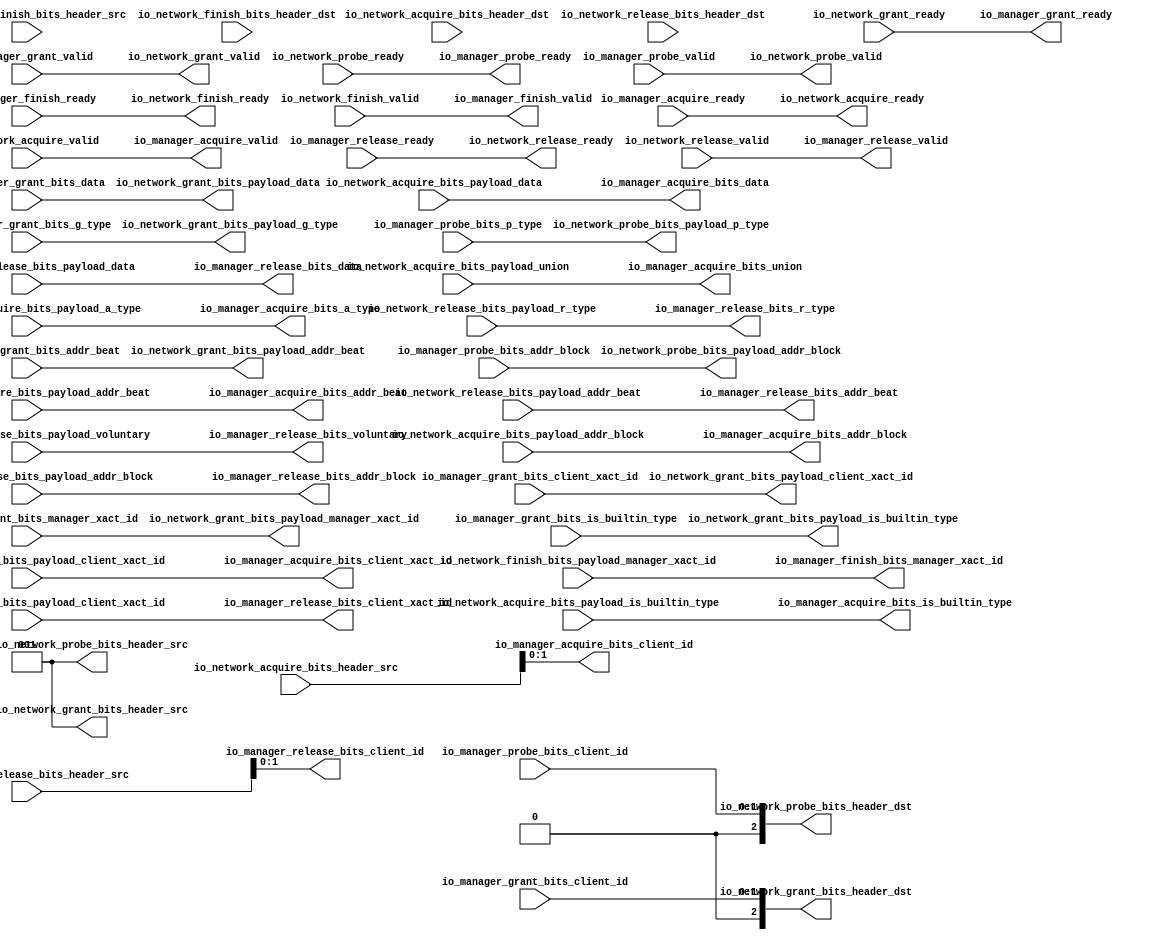
// This program was cloned from: https://github.com/NYU-MLDA/OpenABC
// License: BSD 3-Clause "New" or "Revised" License

module ManagerTileLinkNetworkPort_1
(
  io_manager_acquire_ready,
  io_manager_acquire_valid,
  io_manager_acquire_bits_addr_block,
  io_manager_acquire_bits_client_xact_id,
  io_manager_acquire_bits_addr_beat,
  io_manager_acquire_bits_is_builtin_type,
  io_manager_acquire_bits_a_type,
  io_manager_acquire_bits_union,
  io_manager_acquire_bits_data,
  io_manager_acquire_bits_client_id,
  io_manager_grant_ready,
  io_manager_grant_valid,
  io_manager_grant_bits_addr_beat,
  io_manager_grant_bits_client_xact_id,
  io_manager_grant_bits_manager_xact_id,
  io_manager_grant_bits_is_builtin_type,
  io_manager_grant_bits_g_type,
  io_manager_grant_bits_data,
  io_manager_grant_bits_client_id,
  io_manager_finish_ready,
  io_manager_finish_valid,
  io_manager_finish_bits_manager_xact_id,
  io_manager_probe_ready,
  io_manager_probe_valid,
  io_manager_probe_bits_addr_block,
  io_manager_probe_bits_p_type,
  io_manager_probe_bits_client_id,
  io_manager_release_ready,
  io_manager_release_valid,
  io_manager_release_bits_addr_beat,
  io_manager_release_bits_addr_block,
  io_manager_release_bits_client_xact_id,
  io_manager_release_bits_voluntary,
  io_manager_release_bits_r_type,
  io_manager_release_bits_data,
  io_manager_release_bits_client_id,
  io_network_acquire_ready,
  io_network_acquire_valid,
  io_network_acquire_bits_header_src,
  io_network_acquire_bits_header_dst,
  io_network_acquire_bits_payload_addr_block,
  io_network_acquire_bits_payload_client_xact_id,
  io_network_acquire_bits_payload_addr_beat,
  io_network_acquire_bits_payload_is_builtin_type,
  io_network_acquire_bits_payload_a_type,
  io_network_acquire_bits_payload_union,
  io_network_acquire_bits_payload_data,
  io_network_grant_ready,
  io_network_grant_valid,
  io_network_grant_bits_header_src,
  io_network_grant_bits_header_dst,
  io_network_grant_bits_payload_addr_beat,
  io_network_grant_bits_payload_client_xact_id,
  io_network_grant_bits_payload_manager_xact_id,
  io_network_grant_bits_payload_is_builtin_type,
  io_network_grant_bits_payload_g_type,
  io_network_grant_bits_payload_data,
  io_network_finish_ready,
  io_network_finish_valid,
  io_network_finish_bits_header_src,
  io_network_finish_bits_header_dst,
  io_network_finish_bits_payload_manager_xact_id,
  io_network_probe_ready,
  io_network_probe_valid,
  io_network_probe_bits_header_src,
  io_network_probe_bits_header_dst,
  io_network_probe_bits_payload_addr_block,
  io_network_probe_bits_payload_p_type,
  io_network_release_ready,
  io_network_release_valid,
  io_network_release_bits_header_src,
  io_network_release_bits_header_dst,
  io_network_release_bits_payload_addr_beat,
  io_network_release_bits_payload_addr_block,
  io_network_release_bits_payload_client_xact_id,
  io_network_release_bits_payload_voluntary,
  io_network_release_bits_payload_r_type,
  io_network_release_bits_payload_data
);

  output [25:0] io_manager_acquire_bits_addr_block;
  output [5:0] io_manager_acquire_bits_client_xact_id;
  output [1:0] io_manager_acquire_bits_addr_beat;
  output [2:0] io_manager_acquire_bits_a_type;
  output [16:0] io_manager_acquire_bits_union;
  output [127:0] io_manager_acquire_bits_data;
  output [1:0] io_manager_acquire_bits_client_id;
  input [1:0] io_manager_grant_bits_addr_beat;
  input [5:0] io_manager_grant_bits_client_xact_id;
  input [3:0] io_manager_grant_bits_manager_xact_id;
  input [3:0] io_manager_grant_bits_g_type;
  input [127:0] io_manager_grant_bits_data;
  input [1:0] io_manager_grant_bits_client_id;
  output [3:0] io_manager_finish_bits_manager_xact_id;
  input [25:0] io_manager_probe_bits_addr_block;
  input [1:0] io_manager_probe_bits_p_type;
  input [1:0] io_manager_probe_bits_client_id;
  output [1:0] io_manager_release_bits_addr_beat;
  output [25:0] io_manager_release_bits_addr_block;
  output [5:0] io_manager_release_bits_client_xact_id;
  output [2:0] io_manager_release_bits_r_type;
  output [127:0] io_manager_release_bits_data;
  output [1:0] io_manager_release_bits_client_id;
  input [2:0] io_network_acquire_bits_header_src;
  input [2:0] io_network_acquire_bits_header_dst;
  input [25:0] io_network_acquire_bits_payload_addr_block;
  input [5:0] io_network_acquire_bits_payload_client_xact_id;
  input [1:0] io_network_acquire_bits_payload_addr_beat;
  input [2:0] io_network_acquire_bits_payload_a_type;
  input [16:0] io_network_acquire_bits_payload_union;
  input [127:0] io_network_acquire_bits_payload_data;
  output [2:0] io_network_grant_bits_header_src;
  output [2:0] io_network_grant_bits_header_dst;
  output [1:0] io_network_grant_bits_payload_addr_beat;
  output [5:0] io_network_grant_bits_payload_client_xact_id;
  output [3:0] io_network_grant_bits_payload_manager_xact_id;
  output [3:0] io_network_grant_bits_payload_g_type;
  output [127:0] io_network_grant_bits_payload_data;
  input [2:0] io_network_finish_bits_header_src;
  input [2:0] io_network_finish_bits_header_dst;
  input [3:0] io_network_finish_bits_payload_manager_xact_id;
  output [2:0] io_network_probe_bits_header_src;
  output [2:0] io_network_probe_bits_header_dst;
  output [25:0] io_network_probe_bits_payload_addr_block;
  output [1:0] io_network_probe_bits_payload_p_type;
  input [2:0] io_network_release_bits_header_src;
  input [2:0] io_network_release_bits_header_dst;
  input [1:0] io_network_release_bits_payload_addr_beat;
  input [25:0] io_network_release_bits_payload_addr_block;
  input [5:0] io_network_release_bits_payload_client_xact_id;
  input [2:0] io_network_release_bits_payload_r_type;
  input [127:0] io_network_release_bits_payload_data;
  input io_manager_acquire_ready;
  input io_manager_grant_valid;
  input io_manager_grant_bits_is_builtin_type;
  input io_manager_finish_ready;
  input io_manager_probe_valid;
  input io_manager_release_ready;
  input io_network_acquire_valid;
  input io_network_acquire_bits_payload_is_builtin_type;
  input io_network_grant_ready;
  input io_network_finish_valid;
  input io_network_probe_ready;
  input io_network_release_valid;
  input io_network_release_bits_payload_voluntary;
  output io_manager_acquire_valid;
  output io_manager_acquire_bits_is_builtin_type;
  output io_manager_grant_ready;
  output io_manager_finish_valid;
  output io_manager_probe_ready;
  output io_manager_release_valid;
  output io_manager_release_bits_voluntary;
  output io_network_acquire_ready;
  output io_network_grant_valid;
  output io_network_grant_bits_payload_is_builtin_type;
  output io_network_finish_ready;
  output io_network_probe_valid;
  output io_network_release_ready;
  wire [25:0] io_manager_acquire_bits_addr_block,io_manager_release_bits_addr_block,
  io_network_probe_bits_payload_addr_block;
  wire [5:0] io_manager_acquire_bits_client_xact_id,io_manager_release_bits_client_xact_id,
  io_network_grant_bits_payload_client_xact_id;
  wire [1:0] io_manager_acquire_bits_addr_beat,io_manager_acquire_bits_client_id,
  io_manager_release_bits_addr_beat,io_manager_release_bits_client_id,
  io_network_grant_bits_payload_addr_beat,io_network_probe_bits_payload_p_type;
  wire [2:0] io_manager_acquire_bits_a_type,io_manager_release_bits_r_type,
  io_network_grant_bits_header_src,io_network_grant_bits_header_dst,
  io_network_probe_bits_header_src,io_network_probe_bits_header_dst;
  wire [16:0] io_manager_acquire_bits_union;
  wire [127:0] io_manager_acquire_bits_data,io_manager_release_bits_data,
  io_network_grant_bits_payload_data;
  wire [3:0] io_manager_finish_bits_manager_xact_id,
  io_network_grant_bits_payload_manager_xact_id,io_network_grant_bits_payload_g_type;
  wire io_manager_acquire_valid,io_manager_acquire_bits_is_builtin_type,
  io_manager_grant_ready,io_manager_finish_valid,io_manager_probe_ready,io_manager_release_valid,
  io_manager_release_bits_voluntary,io_network_acquire_ready,
  io_network_grant_valid,io_network_grant_bits_payload_is_builtin_type,io_network_finish_ready,
  io_network_probe_valid,io_network_release_ready,io_network_acquire_valid,
  io_network_acquire_bits_payload_is_builtin_type,io_network_grant_ready,io_network_finish_valid,
  io_network_probe_ready,io_network_release_valid,
  io_network_release_bits_payload_voluntary,io_manager_acquire_ready,io_manager_grant_valid,
  io_manager_grant_bits_is_builtin_type,io_manager_finish_ready,io_manager_probe_valid,
  io_manager_release_ready;
  assign io_network_grant_bits_header_src[0] = 1'b1;
  assign io_network_probe_bits_header_src[0] = 1'b1;
  assign io_network_grant_bits_header_src[1] = 1'b0;
  assign io_network_grant_bits_header_src[2] = 1'b0;
  assign io_network_grant_bits_header_dst[2] = 1'b0;
  assign io_network_probe_bits_header_src[1] = 1'b0;
  assign io_network_probe_bits_header_src[2] = 1'b0;
  assign io_network_probe_bits_header_dst[2] = 1'b0;
  assign io_manager_acquire_valid = io_network_acquire_valid;
  assign io_manager_acquire_bits_addr_block[25] = io_network_acquire_bits_payload_addr_block[25];
  assign io_manager_acquire_bits_addr_block[24] = io_network_acquire_bits_payload_addr_block[24];
  assign io_manager_acquire_bits_addr_block[23] = io_network_acquire_bits_payload_addr_block[23];
  assign io_manager_acquire_bits_addr_block[22] = io_network_acquire_bits_payload_addr_block[22];
  assign io_manager_acquire_bits_addr_block[21] = io_network_acquire_bits_payload_addr_block[21];
  assign io_manager_acquire_bits_addr_block[20] = io_network_acquire_bits_payload_addr_block[20];
  assign io_manager_acquire_bits_addr_block[19] = io_network_acquire_bits_payload_addr_block[19];
  assign io_manager_acquire_bits_addr_block[18] = io_network_acquire_bits_payload_addr_block[18];
  assign io_manager_acquire_bits_addr_block[17] = io_network_acquire_bits_payload_addr_block[17];
  assign io_manager_acquire_bits_addr_block[16] = io_network_acquire_bits_payload_addr_block[16];
  assign io_manager_acquire_bits_addr_block[15] = io_network_acquire_bits_payload_addr_block[15];
  assign io_manager_acquire_bits_addr_block[14] = io_network_acquire_bits_payload_addr_block[14];
  assign io_manager_acquire_bits_addr_block[13] = io_network_acquire_bits_payload_addr_block[13];
  assign io_manager_acquire_bits_addr_block[12] = io_network_acquire_bits_payload_addr_block[12];
  assign io_manager_acquire_bits_addr_block[11] = io_network_acquire_bits_payload_addr_block[11];
  assign io_manager_acquire_bits_addr_block[10] = io_network_acquire_bits_payload_addr_block[10];
  assign io_manager_acquire_bits_addr_block[9] = io_network_acquire_bits_payload_addr_block[9];
  assign io_manager_acquire_bits_addr_block[8] = io_network_acquire_bits_payload_addr_block[8];
  assign io_manager_acquire_bits_addr_block[7] = io_network_acquire_bits_payload_addr_block[7];
  assign io_manager_acquire_bits_addr_block[6] = io_network_acquire_bits_payload_addr_block[6];
  assign io_manager_acquire_bits_addr_block[5] = io_network_acquire_bits_payload_addr_block[5];
  assign io_manager_acquire_bits_addr_block[4] = io_network_acquire_bits_payload_addr_block[4];
  assign io_manager_acquire_bits_addr_block[3] = io_network_acquire_bits_payload_addr_block[3];
  assign io_manager_acquire_bits_addr_block[2] = io_network_acquire_bits_payload_addr_block[2];
  assign io_manager_acquire_bits_addr_block[1] = io_network_acquire_bits_payload_addr_block[1];
  assign io_manager_acquire_bits_addr_block[0] = io_network_acquire_bits_payload_addr_block[0];
  assign io_manager_acquire_bits_client_xact_id[5] = io_network_acquire_bits_payload_client_xact_id[5];
  assign io_manager_acquire_bits_client_xact_id[4] = io_network_acquire_bits_payload_client_xact_id[4];
  assign io_manager_acquire_bits_client_xact_id[3] = io_network_acquire_bits_payload_client_xact_id[3];
  assign io_manager_acquire_bits_client_xact_id[2] = io_network_acquire_bits_payload_client_xact_id[2];
  assign io_manager_acquire_bits_client_xact_id[1] = io_network_acquire_bits_payload_client_xact_id[1];
  assign io_manager_acquire_bits_client_xact_id[0] = io_network_acquire_bits_payload_client_xact_id[0];
  assign io_manager_acquire_bits_addr_beat[1] = io_network_acquire_bits_payload_addr_beat[1];
  assign io_manager_acquire_bits_addr_beat[0] = io_network_acquire_bits_payload_addr_beat[0];
  assign io_manager_acquire_bits_is_builtin_type = io_network_acquire_bits_payload_is_builtin_type;
  assign io_manager_acquire_bits_a_type[2] = io_network_acquire_bits_payload_a_type[2];
  assign io_manager_acquire_bits_a_type[1] = io_network_acquire_bits_payload_a_type[1];
  assign io_manager_acquire_bits_a_type[0] = io_network_acquire_bits_payload_a_type[0];
  assign io_manager_acquire_bits_union[16] = io_network_acquire_bits_payload_union[16];
  assign io_manager_acquire_bits_union[15] = io_network_acquire_bits_payload_union[15];
  assign io_manager_acquire_bits_union[14] = io_network_acquire_bits_payload_union[14];
  assign io_manager_acquire_bits_union[13] = io_network_acquire_bits_payload_union[13];
  assign io_manager_acquire_bits_union[12] = io_network_acquire_bits_payload_union[12];
  assign io_manager_acquire_bits_union[11] = io_network_acquire_bits_payload_union[11];
  assign io_manager_acquire_bits_union[10] = io_network_acquire_bits_payload_union[10];
  assign io_manager_acquire_bits_union[9] = io_network_acquire_bits_payload_union[9];
  assign io_manager_acquire_bits_union[8] = io_network_acquire_bits_payload_union[8];
  assign io_manager_acquire_bits_union[7] = io_network_acquire_bits_payload_union[7];
  assign io_manager_acquire_bits_union[6] = io_network_acquire_bits_payload_union[6];
  assign io_manager_acquire_bits_union[5] = io_network_acquire_bits_payload_union[5];
  assign io_manager_acquire_bits_union[4] = io_network_acquire_bits_payload_union[4];
  assign io_manager_acquire_bits_union[3] = io_network_acquire_bits_payload_union[3];
  assign io_manager_acquire_bits_union[2] = io_network_acquire_bits_payload_union[2];
  assign io_manager_acquire_bits_union[1] = io_network_acquire_bits_payload_union[1];
  assign io_manager_acquire_bits_union[0] = io_network_acquire_bits_payload_union[0];
  assign io_manager_acquire_bits_data[127] = io_network_acquire_bits_payload_data[127];
  assign io_manager_acquire_bits_data[126] = io_network_acquire_bits_payload_data[126];
  assign io_manager_acquire_bits_data[125] = io_network_acquire_bits_payload_data[125];
  assign io_manager_acquire_bits_data[124] = io_network_acquire_bits_payload_data[124];
  assign io_manager_acquire_bits_data[123] = io_network_acquire_bits_payload_data[123];
  assign io_manager_acquire_bits_data[122] = io_network_acquire_bits_payload_data[122];
  assign io_manager_acquire_bits_data[121] = io_network_acquire_bits_payload_data[121];
  assign io_manager_acquire_bits_data[120] = io_network_acquire_bits_payload_data[120];
  assign io_manager_acquire_bits_data[119] = io_network_acquire_bits_payload_data[119];
  assign io_manager_acquire_bits_data[118] = io_network_acquire_bits_payload_data[118];
  assign io_manager_acquire_bits_data[117] = io_network_acquire_bits_payload_data[117];
  assign io_manager_acquire_bits_data[116] = io_network_acquire_bits_payload_data[116];
  assign io_manager_acquire_bits_data[115] = io_network_acquire_bits_payload_data[115];
  assign io_manager_acquire_bits_data[114] = io_network_acquire_bits_payload_data[114];
  assign io_manager_acquire_bits_data[113] = io_network_acquire_bits_payload_data[113];
  assign io_manager_acquire_bits_data[112] = io_network_acquire_bits_payload_data[112];
  assign io_manager_acquire_bits_data[111] = io_network_acquire_bits_payload_data[111];
  assign io_manager_acquire_bits_data[110] = io_network_acquire_bits_payload_data[110];
  assign io_manager_acquire_bits_data[109] = io_network_acquire_bits_payload_data[109];
  assign io_manager_acquire_bits_data[108] = io_network_acquire_bits_payload_data[108];
  assign io_manager_acquire_bits_data[107] = io_network_acquire_bits_payload_data[107];
  assign io_manager_acquire_bits_data[106] = io_network_acquire_bits_payload_data[106];
  assign io_manager_acquire_bits_data[105] = io_network_acquire_bits_payload_data[105];
  assign io_manager_acquire_bits_data[104] = io_network_acquire_bits_payload_data[104];
  assign io_manager_acquire_bits_data[103] = io_network_acquire_bits_payload_data[103];
  assign io_manager_acquire_bits_data[102] = io_network_acquire_bits_payload_data[102];
  assign io_manager_acquire_bits_data[101] = io_network_acquire_bits_payload_data[101];
  assign io_manager_acquire_bits_data[100] = io_network_acquire_bits_payload_data[100];
  assign io_manager_acquire_bits_data[99] = io_network_acquire_bits_payload_data[99];
  assign io_manager_acquire_bits_data[98] = io_network_acquire_bits_payload_data[98];
  assign io_manager_acquire_bits_data[97] = io_network_acquire_bits_payload_data[97];
  assign io_manager_acquire_bits_data[96] = io_network_acquire_bits_payload_data[96];
  assign io_manager_acquire_bits_data[95] = io_network_acquire_bits_payload_data[95];
  assign io_manager_acquire_bits_data[94] = io_network_acquire_bits_payload_data[94];
  assign io_manager_acquire_bits_data[93] = io_network_acquire_bits_payload_data[93];
  assign io_manager_acquire_bits_data[92] = io_network_acquire_bits_payload_data[92];
  assign io_manager_acquire_bits_data[91] = io_network_acquire_bits_payload_data[91];
  assign io_manager_acquire_bits_data[90] = io_network_acquire_bits_payload_data[90];
  assign io_manager_acquire_bits_data[89] = io_network_acquire_bits_payload_data[89];
  assign io_manager_acquire_bits_data[88] = io_network_acquire_bits_payload_data[88];
  assign io_manager_acquire_bits_data[87] = io_network_acquire_bits_payload_data[87];
  assign io_manager_acquire_bits_data[86] = io_network_acquire_bits_payload_data[86];
  assign io_manager_acquire_bits_data[85] = io_network_acquire_bits_payload_data[85];
  assign io_manager_acquire_bits_data[84] = io_network_acquire_bits_payload_data[84];
  assign io_manager_acquire_bits_data[83] = io_network_acquire_bits_payload_data[83];
  assign io_manager_acquire_bits_data[82] = io_network_acquire_bits_payload_data[82];
  assign io_manager_acquire_bits_data[81] = io_network_acquire_bits_payload_data[81];
  assign io_manager_acquire_bits_data[80] = io_network_acquire_bits_payload_data[80];
  assign io_manager_acquire_bits_data[79] = io_network_acquire_bits_payload_data[79];
  assign io_manager_acquire_bits_data[78] = io_network_acquire_bits_payload_data[78];
  assign io_manager_acquire_bits_data[77] = io_network_acquire_bits_payload_data[77];
  assign io_manager_acquire_bits_data[76] = io_network_acquire_bits_payload_data[76];
  assign io_manager_acquire_bits_data[75] = io_network_acquire_bits_payload_data[75];
  assign io_manager_acquire_bits_data[74] = io_network_acquire_bits_payload_data[74];
  assign io_manager_acquire_bits_data[73] = io_network_acquire_bits_payload_data[73];
  assign io_manager_acquire_bits_data[72] = io_network_acquire_bits_payload_data[72];
  assign io_manager_acquire_bits_data[71] = io_network_acquire_bits_payload_data[71];
  assign io_manager_acquire_bits_data[70] = io_network_acquire_bits_payload_data[70];
  assign io_manager_acquire_bits_data[69] = io_network_acquire_bits_payload_data[69];
  assign io_manager_acquire_bits_data[68] = io_network_acquire_bits_payload_data[68];
  assign io_manager_acquire_bits_data[67] = io_network_acquire_bits_payload_data[67];
  assign io_manager_acquire_bits_data[66] = io_network_acquire_bits_payload_data[66];
  assign io_manager_acquire_bits_data[65] = io_network_acquire_bits_payload_data[65];
  assign io_manager_acquire_bits_data[64] = io_network_acquire_bits_payload_data[64];
  assign io_manager_acquire_bits_data[63] = io_network_acquire_bits_payload_data[63];
  assign io_manager_acquire_bits_data[62] = io_network_acquire_bits_payload_data[62];
  assign io_manager_acquire_bits_data[61] = io_network_acquire_bits_payload_data[61];
  assign io_manager_acquire_bits_data[60] = io_network_acquire_bits_payload_data[60];
  assign io_manager_acquire_bits_data[59] = io_network_acquire_bits_payload_data[59];
  assign io_manager_acquire_bits_data[58] = io_network_acquire_bits_payload_data[58];
  assign io_manager_acquire_bits_data[57] = io_network_acquire_bits_payload_data[57];
  assign io_manager_acquire_bits_data[56] = io_network_acquire_bits_payload_data[56];
  assign io_manager_acquire_bits_data[55] = io_network_acquire_bits_payload_data[55];
  assign io_manager_acquire_bits_data[54] = io_network_acquire_bits_payload_data[54];
  assign io_manager_acquire_bits_data[53] = io_network_acquire_bits_payload_data[53];
  assign io_manager_acquire_bits_data[52] = io_network_acquire_bits_payload_data[52];
  assign io_manager_acquire_bits_data[51] = io_network_acquire_bits_payload_data[51];
  assign io_manager_acquire_bits_data[50] = io_network_acquire_bits_payload_data[50];
  assign io_manager_acquire_bits_data[49] = io_network_acquire_bits_payload_data[49];
  assign io_manager_acquire_bits_data[48] = io_network_acquire_bits_payload_data[48];
  assign io_manager_acquire_bits_data[47] = io_network_acquire_bits_payload_data[47];
  assign io_manager_acquire_bits_data[46] = io_network_acquire_bits_payload_data[46];
  assign io_manager_acquire_bits_data[45] = io_network_acquire_bits_payload_data[45];
  assign io_manager_acquire_bits_data[44] = io_network_acquire_bits_payload_data[44];
  assign io_manager_acquire_bits_data[43] = io_network_acquire_bits_payload_data[43];
  assign io_manager_acquire_bits_data[42] = io_network_acquire_bits_payload_data[42];
  assign io_manager_acquire_bits_data[41] = io_network_acquire_bits_payload_data[41];
  assign io_manager_acquire_bits_data[40] = io_network_acquire_bits_payload_data[40];
  assign io_manager_acquire_bits_data[39] = io_network_acquire_bits_payload_data[39];
  assign io_manager_acquire_bits_data[38] = io_network_acquire_bits_payload_data[38];
  assign io_manager_acquire_bits_data[37] = io_network_acquire_bits_payload_data[37];
  assign io_manager_acquire_bits_data[36] = io_network_acquire_bits_payload_data[36];
  assign io_manager_acquire_bits_data[35] = io_network_acquire_bits_payload_data[35];
  assign io_manager_acquire_bits_data[34] = io_network_acquire_bits_payload_data[34];
  assign io_manager_acquire_bits_data[33] = io_network_acquire_bits_payload_data[33];
  assign io_manager_acquire_bits_data[32] = io_network_acquire_bits_payload_data[32];
  assign io_manager_acquire_bits_data[31] = io_network_acquire_bits_payload_data[31];
  assign io_manager_acquire_bits_data[30] = io_network_acquire_bits_payload_data[30];
  assign io_manager_acquire_bits_data[29] = io_network_acquire_bits_payload_data[29];
  assign io_manager_acquire_bits_data[28] = io_network_acquire_bits_payload_data[28];
  assign io_manager_acquire_bits_data[27] = io_network_acquire_bits_payload_data[27];
  assign io_manager_acquire_bits_data[26] = io_network_acquire_bits_payload_data[26];
  assign io_manager_acquire_bits_data[25] = io_network_acquire_bits_payload_data[25];
  assign io_manager_acquire_bits_data[24] = io_network_acquire_bits_payload_data[24];
  assign io_manager_acquire_bits_data[23] = io_network_acquire_bits_payload_data[23];
  assign io_manager_acquire_bits_data[22] = io_network_acquire_bits_payload_data[22];
  assign io_manager_acquire_bits_data[21] = io_network_acquire_bits_payload_data[21];
  assign io_manager_acquire_bits_data[20] = io_network_acquire_bits_payload_data[20];
  assign io_manager_acquire_bits_data[19] = io_network_acquire_bits_payload_data[19];
  assign io_manager_acquire_bits_data[18] = io_network_acquire_bits_payload_data[18];
  assign io_manager_acquire_bits_data[17] = io_network_acquire_bits_payload_data[17];
  assign io_manager_acquire_bits_data[16] = io_network_acquire_bits_payload_data[16];
  assign io_manager_acquire_bits_data[15] = io_network_acquire_bits_payload_data[15];
  assign io_manager_acquire_bits_data[14] = io_network_acquire_bits_payload_data[14];
  assign io_manager_acquire_bits_data[13] = io_network_acquire_bits_payload_data[13];
  assign io_manager_acquire_bits_data[12] = io_network_acquire_bits_payload_data[12];
  assign io_manager_acquire_bits_data[11] = io_network_acquire_bits_payload_data[11];
  assign io_manager_acquire_bits_data[10] = io_network_acquire_bits_payload_data[10];
  assign io_manager_acquire_bits_data[9] = io_network_acquire_bits_payload_data[9];
  assign io_manager_acquire_bits_data[8] = io_network_acquire_bits_payload_data[8];
  assign io_manager_acquire_bits_data[7] = io_network_acquire_bits_payload_data[7];
  assign io_manager_acquire_bits_data[6] = io_network_acquire_bits_payload_data[6];
  assign io_manager_acquire_bits_data[5] = io_network_acquire_bits_payload_data[5];
  assign io_manager_acquire_bits_data[4] = io_network_acquire_bits_payload_data[4];
  assign io_manager_acquire_bits_data[3] = io_network_acquire_bits_payload_data[3];
  assign io_manager_acquire_bits_data[2] = io_network_acquire_bits_payload_data[2];
  assign io_manager_acquire_bits_data[1] = io_network_acquire_bits_payload_data[1];
  assign io_manager_acquire_bits_data[0] = io_network_acquire_bits_payload_data[0];
  assign io_manager_acquire_bits_client_id[1] = io_network_acquire_bits_header_src[1];
  assign io_manager_acquire_bits_client_id[0] = io_network_acquire_bits_header_src[0];
  assign io_manager_grant_ready = io_network_grant_ready;
  assign io_manager_finish_valid = io_network_finish_valid;
  assign io_manager_finish_bits_manager_xact_id[3] = io_network_finish_bits_payload_manager_xact_id[3];
  assign io_manager_finish_bits_manager_xact_id[2] = io_network_finish_bits_payload_manager_xact_id[2];
  assign io_manager_finish_bits_manager_xact_id[1] = io_network_finish_bits_payload_manager_xact_id[1];
  assign io_manager_finish_bits_manager_xact_id[0] = io_network_finish_bits_payload_manager_xact_id[0];
  assign io_manager_probe_ready = io_network_probe_ready;
  assign io_manager_release_valid = io_network_release_valid;
  assign io_manager_release_bits_addr_beat[1] = io_network_release_bits_payload_addr_beat[1];
  assign io_manager_release_bits_addr_beat[0] = io_network_release_bits_payload_addr_beat[0];
  assign io_manager_release_bits_addr_block[25] = io_network_release_bits_payload_addr_block[25];
  assign io_manager_release_bits_addr_block[24] = io_network_release_bits_payload_addr_block[24];
  assign io_manager_release_bits_addr_block[23] = io_network_release_bits_payload_addr_block[23];
  assign io_manager_release_bits_addr_block[22] = io_network_release_bits_payload_addr_block[22];
  assign io_manager_release_bits_addr_block[21] = io_network_release_bits_payload_addr_block[21];
  assign io_manager_release_bits_addr_block[20] = io_network_release_bits_payload_addr_block[20];
  assign io_manager_release_bits_addr_block[19] = io_network_release_bits_payload_addr_block[19];
  assign io_manager_release_bits_addr_block[18] = io_network_release_bits_payload_addr_block[18];
  assign io_manager_release_bits_addr_block[17] = io_network_release_bits_payload_addr_block[17];
  assign io_manager_release_bits_addr_block[16] = io_network_release_bits_payload_addr_block[16];
  assign io_manager_release_bits_addr_block[15] = io_network_release_bits_payload_addr_block[15];
  assign io_manager_release_bits_addr_block[14] = io_network_release_bits_payload_addr_block[14];
  assign io_manager_release_bits_addr_block[13] = io_network_release_bits_payload_addr_block[13];
  assign io_manager_release_bits_addr_block[12] = io_network_release_bits_payload_addr_block[12];
  assign io_manager_release_bits_addr_block[11] = io_network_release_bits_payload_addr_block[11];
  assign io_manager_release_bits_addr_block[10] = io_network_release_bits_payload_addr_block[10];
  assign io_manager_release_bits_addr_block[9] = io_network_release_bits_payload_addr_block[9];
  assign io_manager_release_bits_addr_block[8] = io_network_release_bits_payload_addr_block[8];
  assign io_manager_release_bits_addr_block[7] = io_network_release_bits_payload_addr_block[7];
  assign io_manager_release_bits_addr_block[6] = io_network_release_bits_payload_addr_block[6];
  assign io_manager_release_bits_addr_block[5] = io_network_release_bits_payload_addr_block[5];
  assign io_manager_release_bits_addr_block[4] = io_network_release_bits_payload_addr_block[4];
  assign io_manager_release_bits_addr_block[3] = io_network_release_bits_payload_addr_block[3];
  assign io_manager_release_bits_addr_block[2] = io_network_release_bits_payload_addr_block[2];
  assign io_manager_release_bits_addr_block[1] = io_network_release_bits_payload_addr_block[1];
  assign io_manager_release_bits_addr_block[0] = io_network_release_bits_payload_addr_block[0];
  assign io_manager_release_bits_client_xact_id[5] = io_network_release_bits_payload_client_xact_id[5];
  assign io_manager_release_bits_client_xact_id[4] = io_network_release_bits_payload_client_xact_id[4];
  assign io_manager_release_bits_client_xact_id[3] = io_network_release_bits_payload_client_xact_id[3];
  assign io_manager_release_bits_client_xact_id[2] = io_network_release_bits_payload_client_xact_id[2];
  assign io_manager_release_bits_client_xact_id[1] = io_network_release_bits_payload_client_xact_id[1];
  assign io_manager_release_bits_client_xact_id[0] = io_network_release_bits_payload_client_xact_id[0];
  assign io_manager_release_bits_voluntary = io_network_release_bits_payload_voluntary;
  assign io_manager_release_bits_r_type[2] = io_network_release_bits_payload_r_type[2];
  assign io_manager_release_bits_r_type[1] = io_network_release_bits_payload_r_type[1];
  assign io_manager_release_bits_r_type[0] = io_network_release_bits_payload_r_type[0];
  assign io_manager_release_bits_data[127] = io_network_release_bits_payload_data[127];
  assign io_manager_release_bits_data[126] = io_network_release_bits_payload_data[126];
  assign io_manager_release_bits_data[125] = io_network_release_bits_payload_data[125];
  assign io_manager_release_bits_data[124] = io_network_release_bits_payload_data[124];
  assign io_manager_release_bits_data[123] = io_network_release_bits_payload_data[123];
  assign io_manager_release_bits_data[122] = io_network_release_bits_payload_data[122];
  assign io_manager_release_bits_data[121] = io_network_release_bits_payload_data[121];
  assign io_manager_release_bits_data[120] = io_network_release_bits_payload_data[120];
  assign io_manager_release_bits_data[119] = io_network_release_bits_payload_data[119];
  assign io_manager_release_bits_data[118] = io_network_release_bits_payload_data[118];
  assign io_manager_release_bits_data[117] = io_network_release_bits_payload_data[117];
  assign io_manager_release_bits_data[116] = io_network_release_bits_payload_data[116];
  assign io_manager_release_bits_data[115] = io_network_release_bits_payload_data[115];
  assign io_manager_release_bits_data[114] = io_network_release_bits_payload_data[114];
  assign io_manager_release_bits_data[113] = io_network_release_bits_payload_data[113];
  assign io_manager_release_bits_data[112] = io_network_release_bits_payload_data[112];
  assign io_manager_release_bits_data[111] = io_network_release_bits_payload_data[111];
  assign io_manager_release_bits_data[110] = io_network_release_bits_payload_data[110];
  assign io_manager_release_bits_data[109] = io_network_release_bits_payload_data[109];
  assign io_manager_release_bits_data[108] = io_network_release_bits_payload_data[108];
  assign io_manager_release_bits_data[107] = io_network_release_bits_payload_data[107];
  assign io_manager_release_bits_data[106] = io_network_release_bits_payload_data[106];
  assign io_manager_release_bits_data[105] = io_network_release_bits_payload_data[105];
  assign io_manager_release_bits_data[104] = io_network_release_bits_payload_data[104];
  assign io_manager_release_bits_data[103] = io_network_release_bits_payload_data[103];
  assign io_manager_release_bits_data[102] = io_network_release_bits_payload_data[102];
  assign io_manager_release_bits_data[101] = io_network_release_bits_payload_data[101];
  assign io_manager_release_bits_data[100] = io_network_release_bits_payload_data[100];
  assign io_manager_release_bits_data[99] = io_network_release_bits_payload_data[99];
  assign io_manager_release_bits_data[98] = io_network_release_bits_payload_data[98];
  assign io_manager_release_bits_data[97] = io_network_release_bits_payload_data[97];
  assign io_manager_release_bits_data[96] = io_network_release_bits_payload_data[96];
  assign io_manager_release_bits_data[95] = io_network_release_bits_payload_data[95];
  assign io_manager_release_bits_data[94] = io_network_release_bits_payload_data[94];
  assign io_manager_release_bits_data[93] = io_network_release_bits_payload_data[93];
  assign io_manager_release_bits_data[92] = io_network_release_bits_payload_data[92];
  assign io_manager_release_bits_data[91] = io_network_release_bits_payload_data[91];
  assign io_manager_release_bits_data[90] = io_network_release_bits_payload_data[90];
  assign io_manager_release_bits_data[89] = io_network_release_bits_payload_data[89];
  assign io_manager_release_bits_data[88] = io_network_release_bits_payload_data[88];
  assign io_manager_release_bits_data[87] = io_network_release_bits_payload_data[87];
  assign io_manager_release_bits_data[86] = io_network_release_bits_payload_data[86];
  assign io_manager_release_bits_data[85] = io_network_release_bits_payload_data[85];
  assign io_manager_release_bits_data[84] = io_network_release_bits_payload_data[84];
  assign io_manager_release_bits_data[83] = io_network_release_bits_payload_data[83];
  assign io_manager_release_bits_data[82] = io_network_release_bits_payload_data[82];
  assign io_manager_release_bits_data[81] = io_network_release_bits_payload_data[81];
  assign io_manager_release_bits_data[80] = io_network_release_bits_payload_data[80];
  assign io_manager_release_bits_data[79] = io_network_release_bits_payload_data[79];
  assign io_manager_release_bits_data[78] = io_network_release_bits_payload_data[78];
  assign io_manager_release_bits_data[77] = io_network_release_bits_payload_data[77];
  assign io_manager_release_bits_data[76] = io_network_release_bits_payload_data[76];
  assign io_manager_release_bits_data[75] = io_network_release_bits_payload_data[75];
  assign io_manager_release_bits_data[74] = io_network_release_bits_payload_data[74];
  assign io_manager_release_bits_data[73] = io_network_release_bits_payload_data[73];
  assign io_manager_release_bits_data[72] = io_network_release_bits_payload_data[72];
  assign io_manager_release_bits_data[71] = io_network_release_bits_payload_data[71];
  assign io_manager_release_bits_data[70] = io_network_release_bits_payload_data[70];
  assign io_manager_release_bits_data[69] = io_network_release_bits_payload_data[69];
  assign io_manager_release_bits_data[68] = io_network_release_bits_payload_data[68];
  assign io_manager_release_bits_data[67] = io_network_release_bits_payload_data[67];
  assign io_manager_release_bits_data[66] = io_network_release_bits_payload_data[66];
  assign io_manager_release_bits_data[65] = io_network_release_bits_payload_data[65];
  assign io_manager_release_bits_data[64] = io_network_release_bits_payload_data[64];
  assign io_manager_release_bits_data[63] = io_network_release_bits_payload_data[63];
  assign io_manager_release_bits_data[62] = io_network_release_bits_payload_data[62];
  assign io_manager_release_bits_data[61] = io_network_release_bits_payload_data[61];
  assign io_manager_release_bits_data[60] = io_network_release_bits_payload_data[60];
  assign io_manager_release_bits_data[59] = io_network_release_bits_payload_data[59];
  assign io_manager_release_bits_data[58] = io_network_release_bits_payload_data[58];
  assign io_manager_release_bits_data[57] = io_network_release_bits_payload_data[57];
  assign io_manager_release_bits_data[56] = io_network_release_bits_payload_data[56];
  assign io_manager_release_bits_data[55] = io_network_release_bits_payload_data[55];
  assign io_manager_release_bits_data[54] = io_network_release_bits_payload_data[54];
  assign io_manager_release_bits_data[53] = io_network_release_bits_payload_data[53];
  assign io_manager_release_bits_data[52] = io_network_release_bits_payload_data[52];
  assign io_manager_release_bits_data[51] = io_network_release_bits_payload_data[51];
  assign io_manager_release_bits_data[50] = io_network_release_bits_payload_data[50];
  assign io_manager_release_bits_data[49] = io_network_release_bits_payload_data[49];
  assign io_manager_release_bits_data[48] = io_network_release_bits_payload_data[48];
  assign io_manager_release_bits_data[47] = io_network_release_bits_payload_data[47];
  assign io_manager_release_bits_data[46] = io_network_release_bits_payload_data[46];
  assign io_manager_release_bits_data[45] = io_network_release_bits_payload_data[45];
  assign io_manager_release_bits_data[44] = io_network_release_bits_payload_data[44];
  assign io_manager_release_bits_data[43] = io_network_release_bits_payload_data[43];
  assign io_manager_release_bits_data[42] = io_network_release_bits_payload_data[42];
  assign io_manager_release_bits_data[41] = io_network_release_bits_payload_data[41];
  assign io_manager_release_bits_data[40] = io_network_release_bits_payload_data[40];
  assign io_manager_release_bits_data[39] = io_network_release_bits_payload_data[39];
  assign io_manager_release_bits_data[38] = io_network_release_bits_payload_data[38];
  assign io_manager_release_bits_data[37] = io_network_release_bits_payload_data[37];
  assign io_manager_release_bits_data[36] = io_network_release_bits_payload_data[36];
  assign io_manager_release_bits_data[35] = io_network_release_bits_payload_data[35];
  assign io_manager_release_bits_data[34] = io_network_release_bits_payload_data[34];
  assign io_manager_release_bits_data[33] = io_network_release_bits_payload_data[33];
  assign io_manager_release_bits_data[32] = io_network_release_bits_payload_data[32];
  assign io_manager_release_bits_data[31] = io_network_release_bits_payload_data[31];
  assign io_manager_release_bits_data[30] = io_network_release_bits_payload_data[30];
  assign io_manager_release_bits_data[29] = io_network_release_bits_payload_data[29];
  assign io_manager_release_bits_data[28] = io_network_release_bits_payload_data[28];
  assign io_manager_release_bits_data[27] = io_network_release_bits_payload_data[27];
  assign io_manager_release_bits_data[26] = io_network_release_bits_payload_data[26];
  assign io_manager_release_bits_data[25] = io_network_release_bits_payload_data[25];
  assign io_manager_release_bits_data[24] = io_network_release_bits_payload_data[24];
  assign io_manager_release_bits_data[23] = io_network_release_bits_payload_data[23];
  assign io_manager_release_bits_data[22] = io_network_release_bits_payload_data[22];
  assign io_manager_release_bits_data[21] = io_network_release_bits_payload_data[21];
  assign io_manager_release_bits_data[20] = io_network_release_bits_payload_data[20];
  assign io_manager_release_bits_data[19] = io_network_release_bits_payload_data[19];
  assign io_manager_release_bits_data[18] = io_network_release_bits_payload_data[18];
  assign io_manager_release_bits_data[17] = io_network_release_bits_payload_data[17];
  assign io_manager_release_bits_data[16] = io_network_release_bits_payload_data[16];
  assign io_manager_release_bits_data[15] = io_network_release_bits_payload_data[15];
  assign io_manager_release_bits_data[14] = io_network_release_bits_payload_data[14];
  assign io_manager_release_bits_data[13] = io_network_release_bits_payload_data[13];
  assign io_manager_release_bits_data[12] = io_network_release_bits_payload_data[12];
  assign io_manager_release_bits_data[11] = io_network_release_bits_payload_data[11];
  assign io_manager_release_bits_data[10] = io_network_release_bits_payload_data[10];
  assign io_manager_release_bits_data[9] = io_network_release_bits_payload_data[9];
  assign io_manager_release_bits_data[8] = io_network_release_bits_payload_data[8];
  assign io_manager_release_bits_data[7] = io_network_release_bits_payload_data[7];
  assign io_manager_release_bits_data[6] = io_network_release_bits_payload_data[6];
  assign io_manager_release_bits_data[5] = io_network_release_bits_payload_data[5];
  assign io_manager_release_bits_data[4] = io_network_release_bits_payload_data[4];
  assign io_manager_release_bits_data[3] = io_network_release_bits_payload_data[3];
  assign io_manager_release_bits_data[2] = io_network_release_bits_payload_data[2];
  assign io_manager_release_bits_data[1] = io_network_release_bits_payload_data[1];
  assign io_manager_release_bits_data[0] = io_network_release_bits_payload_data[0];
  assign io_manager_release_bits_client_id[1] = io_network_release_bits_header_src[1];
  assign io_manager_release_bits_client_id[0] = io_network_release_bits_header_src[0];
  assign io_network_acquire_ready = io_manager_acquire_ready;
  assign io_network_grant_valid = io_manager_grant_valid;
  assign io_network_grant_bits_header_dst[1] = io_manager_grant_bits_client_id[1];
  assign io_network_grant_bits_header_dst[0] = io_manager_grant_bits_client_id[0];
  assign io_network_grant_bits_payload_addr_beat[1] = io_manager_grant_bits_addr_beat[1];
  assign io_network_grant_bits_payload_addr_beat[0] = io_manager_grant_bits_addr_beat[0];
  assign io_network_grant_bits_payload_client_xact_id[5] = io_manager_grant_bits_client_xact_id[5];
  assign io_network_grant_bits_payload_client_xact_id[4] = io_manager_grant_bits_client_xact_id[4];
  assign io_network_grant_bits_payload_client_xact_id[3] = io_manager_grant_bits_client_xact_id[3];
  assign io_network_grant_bits_payload_client_xact_id[2] = io_manager_grant_bits_client_xact_id[2];
  assign io_network_grant_bits_payload_client_xact_id[1] = io_manager_grant_bits_client_xact_id[1];
  assign io_network_grant_bits_payload_client_xact_id[0] = io_manager_grant_bits_client_xact_id[0];
  assign io_network_grant_bits_payload_manager_xact_id[3] = io_manager_grant_bits_manager_xact_id[3];
  assign io_network_grant_bits_payload_manager_xact_id[2] = io_manager_grant_bits_manager_xact_id[2];
  assign io_network_grant_bits_payload_manager_xact_id[1] = io_manager_grant_bits_manager_xact_id[1];
  assign io_network_grant_bits_payload_manager_xact_id[0] = io_manager_grant_bits_manager_xact_id[0];
  assign io_network_grant_bits_payload_is_builtin_type = io_manager_grant_bits_is_builtin_type;
  assign io_network_grant_bits_payload_g_type[3] = io_manager_grant_bits_g_type[3];
  assign io_network_grant_bits_payload_g_type[2] = io_manager_grant_bits_g_type[2];
  assign io_network_grant_bits_payload_g_type[1] = io_manager_grant_bits_g_type[1];
  assign io_network_grant_bits_payload_g_type[0] = io_manager_grant_bits_g_type[0];
  assign io_network_grant_bits_payload_data[127] = io_manager_grant_bits_data[127];
  assign io_network_grant_bits_payload_data[126] = io_manager_grant_bits_data[126];
  assign io_network_grant_bits_payload_data[125] = io_manager_grant_bits_data[125];
  assign io_network_grant_bits_payload_data[124] = io_manager_grant_bits_data[124];
  assign io_network_grant_bits_payload_data[123] = io_manager_grant_bits_data[123];
  assign io_network_grant_bits_payload_data[122] = io_manager_grant_bits_data[122];
  assign io_network_grant_bits_payload_data[121] = io_manager_grant_bits_data[121];
  assign io_network_grant_bits_payload_data[120] = io_manager_grant_bits_data[120];
  assign io_network_grant_bits_payload_data[119] = io_manager_grant_bits_data[119];
  assign io_network_grant_bits_payload_data[118] = io_manager_grant_bits_data[118];
  assign io_network_grant_bits_payload_data[117] = io_manager_grant_bits_data[117];
  assign io_network_grant_bits_payload_data[116] = io_manager_grant_bits_data[116];
  assign io_network_grant_bits_payload_data[115] = io_manager_grant_bits_data[115];
  assign io_network_grant_bits_payload_data[114] = io_manager_grant_bits_data[114];
  assign io_network_grant_bits_payload_data[113] = io_manager_grant_bits_data[113];
  assign io_network_grant_bits_payload_data[112] = io_manager_grant_bits_data[112];
  assign io_network_grant_bits_payload_data[111] = io_manager_grant_bits_data[111];
  assign io_network_grant_bits_payload_data[110] = io_manager_grant_bits_data[110];
  assign io_network_grant_bits_payload_data[109] = io_manager_grant_bits_data[109];
  assign io_network_grant_bits_payload_data[108] = io_manager_grant_bits_data[108];
  assign io_network_grant_bits_payload_data[107] = io_manager_grant_bits_data[107];
  assign io_network_grant_bits_payload_data[106] = io_manager_grant_bits_data[106];
  assign io_network_grant_bits_payload_data[105] = io_manager_grant_bits_data[105];
  assign io_network_grant_bits_payload_data[104] = io_manager_grant_bits_data[104];
  assign io_network_grant_bits_payload_data[103] = io_manager_grant_bits_data[103];
  assign io_network_grant_bits_payload_data[102] = io_manager_grant_bits_data[102];
  assign io_network_grant_bits_payload_data[101] = io_manager_grant_bits_data[101];
  assign io_network_grant_bits_payload_data[100] = io_manager_grant_bits_data[100];
  assign io_network_grant_bits_payload_data[99] = io_manager_grant_bits_data[99];
  assign io_network_grant_bits_payload_data[98] = io_manager_grant_bits_data[98];
  assign io_network_grant_bits_payload_data[97] = io_manager_grant_bits_data[97];
  assign io_network_grant_bits_payload_data[96] = io_manager_grant_bits_data[96];
  assign io_network_grant_bits_payload_data[95] = io_manager_grant_bits_data[95];
  assign io_network_grant_bits_payload_data[94] = io_manager_grant_bits_data[94];
  assign io_network_grant_bits_payload_data[93] = io_manager_grant_bits_data[93];
  assign io_network_grant_bits_payload_data[92] = io_manager_grant_bits_data[92];
  assign io_network_grant_bits_payload_data[91] = io_manager_grant_bits_data[91];
  assign io_network_grant_bits_payload_data[90] = io_manager_grant_bits_data[90];
  assign io_network_grant_bits_payload_data[89] = io_manager_grant_bits_data[89];
  assign io_network_grant_bits_payload_data[88] = io_manager_grant_bits_data[88];
  assign io_network_grant_bits_payload_data[87] = io_manager_grant_bits_data[87];
  assign io_network_grant_bits_payload_data[86] = io_manager_grant_bits_data[86];
  assign io_network_grant_bits_payload_data[85] = io_manager_grant_bits_data[85];
  assign io_network_grant_bits_payload_data[84] = io_manager_grant_bits_data[84];
  assign io_network_grant_bits_payload_data[83] = io_manager_grant_bits_data[83];
  assign io_network_grant_bits_payload_data[82] = io_manager_grant_bits_data[82];
  assign io_network_grant_bits_payload_data[81] = io_manager_grant_bits_data[81];
  assign io_network_grant_bits_payload_data[80] = io_manager_grant_bits_data[80];
  assign io_network_grant_bits_payload_data[79] = io_manager_grant_bits_data[79];
  assign io_network_grant_bits_payload_data[78] = io_manager_grant_bits_data[78];
  assign io_network_grant_bits_payload_data[77] = io_manager_grant_bits_data[77];
  assign io_network_grant_bits_payload_data[76] = io_manager_grant_bits_data[76];
  assign io_network_grant_bits_payload_data[75] = io_manager_grant_bits_data[75];
  assign io_network_grant_bits_payload_data[74] = io_manager_grant_bits_data[74];
  assign io_network_grant_bits_payload_data[73] = io_manager_grant_bits_data[73];
  assign io_network_grant_bits_payload_data[72] = io_manager_grant_bits_data[72];
  assign io_network_grant_bits_payload_data[71] = io_manager_grant_bits_data[71];
  assign io_network_grant_bits_payload_data[70] = io_manager_grant_bits_data[70];
  assign io_network_grant_bits_payload_data[69] = io_manager_grant_bits_data[69];
  assign io_network_grant_bits_payload_data[68] = io_manager_grant_bits_data[68];
  assign io_network_grant_bits_payload_data[67] = io_manager_grant_bits_data[67];
  assign io_network_grant_bits_payload_data[66] = io_manager_grant_bits_data[66];
  assign io_network_grant_bits_payload_data[65] = io_manager_grant_bits_data[65];
  assign io_network_grant_bits_payload_data[64] = io_manager_grant_bits_data[64];
  assign io_network_grant_bits_payload_data[63] = io_manager_grant_bits_data[63];
  assign io_network_grant_bits_payload_data[62] = io_manager_grant_bits_data[62];
  assign io_network_grant_bits_payload_data[61] = io_manager_grant_bits_data[61];
  assign io_network_grant_bits_payload_data[60] = io_manager_grant_bits_data[60];
  assign io_network_grant_bits_payload_data[59] = io_manager_grant_bits_data[59];
  assign io_network_grant_bits_payload_data[58] = io_manager_grant_bits_data[58];
  assign io_network_grant_bits_payload_data[57] = io_manager_grant_bits_data[57];
  assign io_network_grant_bits_payload_data[56] = io_manager_grant_bits_data[56];
  assign io_network_grant_bits_payload_data[55] = io_manager_grant_bits_data[55];
  assign io_network_grant_bits_payload_data[54] = io_manager_grant_bits_data[54];
  assign io_network_grant_bits_payload_data[53] = io_manager_grant_bits_data[53];
  assign io_network_grant_bits_payload_data[52] = io_manager_grant_bits_data[52];
  assign io_network_grant_bits_payload_data[51] = io_manager_grant_bits_data[51];
  assign io_network_grant_bits_payload_data[50] = io_manager_grant_bits_data[50];
  assign io_network_grant_bits_payload_data[49] = io_manager_grant_bits_data[49];
  assign io_network_grant_bits_payload_data[48] = io_manager_grant_bits_data[48];
  assign io_network_grant_bits_payload_data[47] = io_manager_grant_bits_data[47];
  assign io_network_grant_bits_payload_data[46] = io_manager_grant_bits_data[46];
  assign io_network_grant_bits_payload_data[45] = io_manager_grant_bits_data[45];
  assign io_network_grant_bits_payload_data[44] = io_manager_grant_bits_data[44];
  assign io_network_grant_bits_payload_data[43] = io_manager_grant_bits_data[43];
  assign io_network_grant_bits_payload_data[42] = io_manager_grant_bits_data[42];
  assign io_network_grant_bits_payload_data[41] = io_manager_grant_bits_data[41];
  assign io_network_grant_bits_payload_data[40] = io_manager_grant_bits_data[40];
  assign io_network_grant_bits_payload_data[39] = io_manager_grant_bits_data[39];
  assign io_network_grant_bits_payload_data[38] = io_manager_grant_bits_data[38];
  assign io_network_grant_bits_payload_data[37] = io_manager_grant_bits_data[37];
  assign io_network_grant_bits_payload_data[36] = io_manager_grant_bits_data[36];
  assign io_network_grant_bits_payload_data[35] = io_manager_grant_bits_data[35];
  assign io_network_grant_bits_payload_data[34] = io_manager_grant_bits_data[34];
  assign io_network_grant_bits_payload_data[33] = io_manager_grant_bits_data[33];
  assign io_network_grant_bits_payload_data[32] = io_manager_grant_bits_data[32];
  assign io_network_grant_bits_payload_data[31] = io_manager_grant_bits_data[31];
  assign io_network_grant_bits_payload_data[30] = io_manager_grant_bits_data[30];
  assign io_network_grant_bits_payload_data[29] = io_manager_grant_bits_data[29];
  assign io_network_grant_bits_payload_data[28] = io_manager_grant_bits_data[28];
  assign io_network_grant_bits_payload_data[27] = io_manager_grant_bits_data[27];
  assign io_network_grant_bits_payload_data[26] = io_manager_grant_bits_data[26];
  assign io_network_grant_bits_payload_data[25] = io_manager_grant_bits_data[25];
  assign io_network_grant_bits_payload_data[24] = io_manager_grant_bits_data[24];
  assign io_network_grant_bits_payload_data[23] = io_manager_grant_bits_data[23];
  assign io_network_grant_bits_payload_data[22] = io_manager_grant_bits_data[22];
  assign io_network_grant_bits_payload_data[21] = io_manager_grant_bits_data[21];
  assign io_network_grant_bits_payload_data[20] = io_manager_grant_bits_data[20];
  assign io_network_grant_bits_payload_data[19] = io_manager_grant_bits_data[19];
  assign io_network_grant_bits_payload_data[18] = io_manager_grant_bits_data[18];
  assign io_network_grant_bits_payload_data[17] = io_manager_grant_bits_data[17];
  assign io_network_grant_bits_payload_data[16] = io_manager_grant_bits_data[16];
  assign io_network_grant_bits_payload_data[15] = io_manager_grant_bits_data[15];
  assign io_network_grant_bits_payload_data[14] = io_manager_grant_bits_data[14];
  assign io_network_grant_bits_payload_data[13] = io_manager_grant_bits_data[13];
  assign io_network_grant_bits_payload_data[12] = io_manager_grant_bits_data[12];
  assign io_network_grant_bits_payload_data[11] = io_manager_grant_bits_data[11];
  assign io_network_grant_bits_payload_data[10] = io_manager_grant_bits_data[10];
  assign io_network_grant_bits_payload_data[9] = io_manager_grant_bits_data[9];
  assign io_network_grant_bits_payload_data[8] = io_manager_grant_bits_data[8];
  assign io_network_grant_bits_payload_data[7] = io_manager_grant_bits_data[7];
  assign io_network_grant_bits_payload_data[6] = io_manager_grant_bits_data[6];
  assign io_network_grant_bits_payload_data[5] = io_manager_grant_bits_data[5];
  assign io_network_grant_bits_payload_data[4] = io_manager_grant_bits_data[4];
  assign io_network_grant_bits_payload_data[3] = io_manager_grant_bits_data[3];
  assign io_network_grant_bits_payload_data[2] = io_manager_grant_bits_data[2];
  assign io_network_grant_bits_payload_data[1] = io_manager_grant_bits_data[1];
  assign io_network_grant_bits_payload_data[0] = io_manager_grant_bits_data[0];
  assign io_network_finish_ready = io_manager_finish_ready;
  assign io_network_probe_valid = io_manager_probe_valid;
  assign io_network_probe_bits_header_dst[1] = io_manager_probe_bits_client_id[1];
  assign io_network_probe_bits_header_dst[0] = io_manager_probe_bits_client_id[0];
  assign io_network_probe_bits_payload_addr_block[25] = io_manager_probe_bits_addr_block[25];
  assign io_network_probe_bits_payload_addr_block[24] = io_manager_probe_bits_addr_block[24];
  assign io_network_probe_bits_payload_addr_block[23] = io_manager_probe_bits_addr_block[23];
  assign io_network_probe_bits_payload_addr_block[22] = io_manager_probe_bits_addr_block[22];
  assign io_network_probe_bits_payload_addr_block[21] = io_manager_probe_bits_addr_block[21];
  assign io_network_probe_bits_payload_addr_block[20] = io_manager_probe_bits_addr_block[20];
  assign io_network_probe_bits_payload_addr_block[19] = io_manager_probe_bits_addr_block[19];
  assign io_network_probe_bits_payload_addr_block[18] = io_manager_probe_bits_addr_block[18];
  assign io_network_probe_bits_payload_addr_block[17] = io_manager_probe_bits_addr_block[17];
  assign io_network_probe_bits_payload_addr_block[16] = io_manager_probe_bits_addr_block[16];
  assign io_network_probe_bits_payload_addr_block[15] = io_manager_probe_bits_addr_block[15];
  assign io_network_probe_bits_payload_addr_block[14] = io_manager_probe_bits_addr_block[14];
  assign io_network_probe_bits_payload_addr_block[13] = io_manager_probe_bits_addr_block[13];
  assign io_network_probe_bits_payload_addr_block[12] = io_manager_probe_bits_addr_block[12];
  assign io_network_probe_bits_payload_addr_block[11] = io_manager_probe_bits_addr_block[11];
  assign io_network_probe_bits_payload_addr_block[10] = io_manager_probe_bits_addr_block[10];
  assign io_network_probe_bits_payload_addr_block[9] = io_manager_probe_bits_addr_block[9];
  assign io_network_probe_bits_payload_addr_block[8] = io_manager_probe_bits_addr_block[8];
  assign io_network_probe_bits_payload_addr_block[7] = io_manager_probe_bits_addr_block[7];
  assign io_network_probe_bits_payload_addr_block[6] = io_manager_probe_bits_addr_block[6];
  assign io_network_probe_bits_payload_addr_block[5] = io_manager_probe_bits_addr_block[5];
  assign io_network_probe_bits_payload_addr_block[4] = io_manager_probe_bits_addr_block[4];
  assign io_network_probe_bits_payload_addr_block[3] = io_manager_probe_bits_addr_block[3];
  assign io_network_probe_bits_payload_addr_block[2] = io_manager_probe_bits_addr_block[2];
  assign io_network_probe_bits_payload_addr_block[1] = io_manager_probe_bits_addr_block[1];
  assign io_network_probe_bits_payload_addr_block[0] = io_manager_probe_bits_addr_block[0];
  assign io_network_probe_bits_payload_p_type[1] = io_manager_probe_bits_p_type[1];
  assign io_network_probe_bits_payload_p_type[0] = io_manager_probe_bits_p_type[0];
  assign io_network_release_ready = io_manager_release_ready;

endmodule